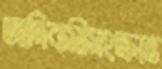
আদিবাসীসংক্রান্ত